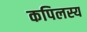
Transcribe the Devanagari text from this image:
कपिलस्य